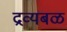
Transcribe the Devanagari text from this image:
द्रव्यबळ